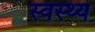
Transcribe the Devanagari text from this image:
स्‍वस्‍थ्‍य